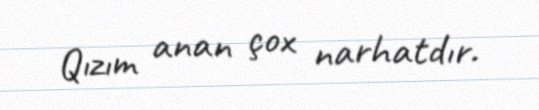
Qızım anan çox narhatdır.